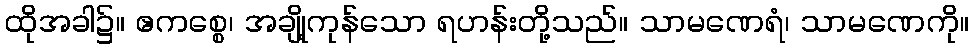
ထိုအခါ၌။ ဧကစ္စေ၊ အချို့ကုန်သော ရဟန်းတို့သည်။ သာမဏေရံ၊ သာမဏေကို။